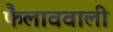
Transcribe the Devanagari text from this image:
फैलाववाली